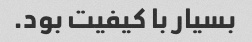
بسیار با کیفیت بود.